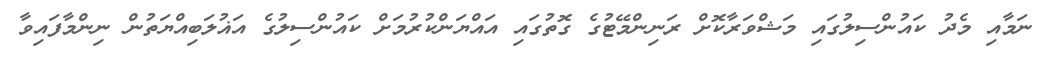
ނަމާއި މެދު ކައުންސިލުގައި މަޝްވަރާކޮށް ރަނިންމޭޓުގެ ގޮތުގައި އައްޔަންކުރުމަށް ކައުންސިލުގެ އަޣުލަބިއްޔަތުން ނިންމާފައިވާ